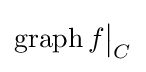
\operatorname {graph} f{\big \vert }_{C}